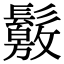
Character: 𩯛